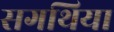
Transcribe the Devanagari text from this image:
सगथिया